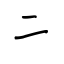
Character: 二